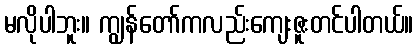
မလိုပါဘူး။ ကျွန်တော်ကလည်းကျေးဇူးတင်ပါတယ်။